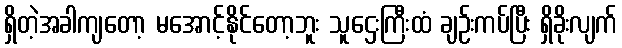
ရှိတဲ့အခါကျတော့ မအောင့်နိုင်တော့ဘူး သူဌေးကြီးထံ ချဉ်းကပ်ပြီး ရှိခိုးလျက်